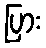
ပြား